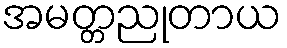
အမတ္တညုတာယ